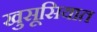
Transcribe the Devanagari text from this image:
खुसूसियात